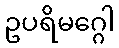
ဥပရိမဂ္ဂေါ